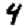
Digit: 4